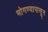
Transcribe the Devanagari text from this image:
भोगण्यापासून